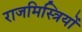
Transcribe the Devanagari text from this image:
राजमिस्त्रियों